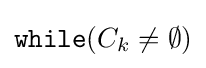
{\mathtt {while}}(C_{k}\neq \emptyset )